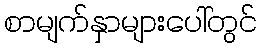
စာမျက်နှာများပေါ်တွင်